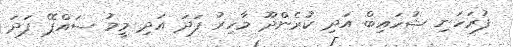
ފުރަހަނި ޝުހައިބް އަދި ކުރެންދޫ މާހިރު ފަދަ އަދި މީމު ސައްޕޭ ފަދަ